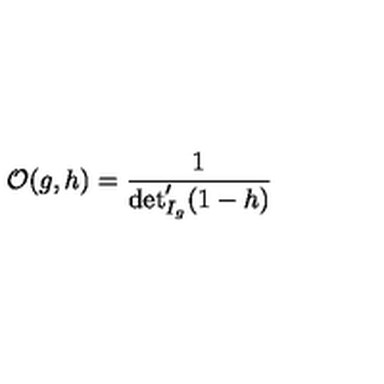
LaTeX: { \cal O } ( g , h ) = \frac { 1 } { \det _ { I _ { g } } ^ { \prime } ( 1 - h ) }